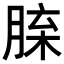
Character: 𦜈